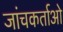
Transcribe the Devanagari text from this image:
जांचकर्ताओ